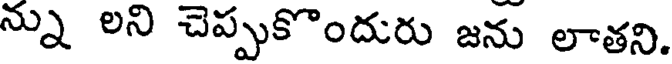
న్ను లని చెప్పకొందురు జను లాతని.